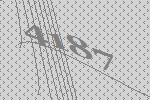
4187